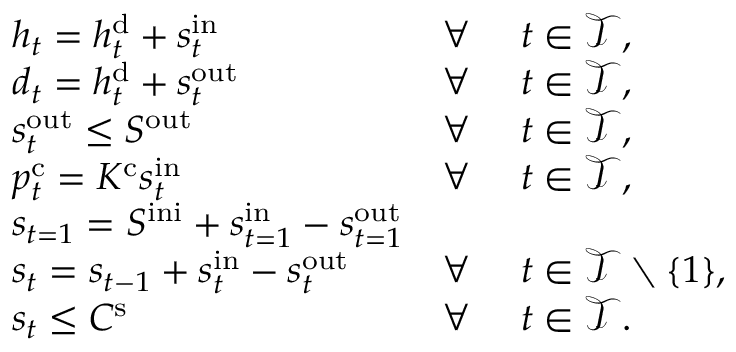
\begin{array} { r l r l } & { h _ { t } = h _ { t } ^ { \mathrm { { d } } } + s _ { t } ^ { \mathrm { i n } } } & { \forall ~ } & { t \in \mathcal { T } , \ } \\ & { d _ { t } = h _ { t } ^ { \mathrm { { d } } } + s _ { t } ^ { \mathrm { o u t } } } & { \forall ~ } & { t \in \mathcal { T } , } \\ & { s _ { t } ^ { \mathrm { { o u t } } } \leq S ^ { \mathrm { o u t } } } & { \forall ~ } & { t \in \mathcal { T } , } \\ & { p _ { t } ^ { \mathrm { { c } } } = K ^ { \mathrm { c } } s _ { t } ^ { \mathrm { { i n } } } } & { \forall ~ } & { t \in \mathcal { T } , } \\ & { s _ { t = 1 } = S ^ { \mathrm { i n i } } + s _ { t = 1 } ^ { \mathrm { { i n } } } - s _ { t = 1 } ^ { \mathrm { o u t } } } & \\ & { s _ { t } = s _ { t - 1 } + s _ { t } ^ { \mathrm { { i n } } } - s _ { t } ^ { \mathrm { o u t } } } & { \forall ~ } & { t \in \mathcal { T } \setminus \{ 1 \} , } \\ & { s _ { t } \leq C ^ { \mathrm { { s } } } } & { \forall ~ } & { t \in \mathcal { T } . } \end{array}